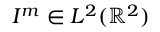
I ^ { m } \in { L ^ { 2 } ( \mathbb { R } ^ { 2 } ) }